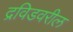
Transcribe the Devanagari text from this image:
द्रविडवरील